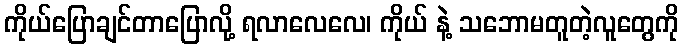
ကိုယ်ပြောချင်တာပြောလို့ ရလာလေလေ၊ ကိုယ် နဲ့ သဘောမတူတဲ့လူတွေကို